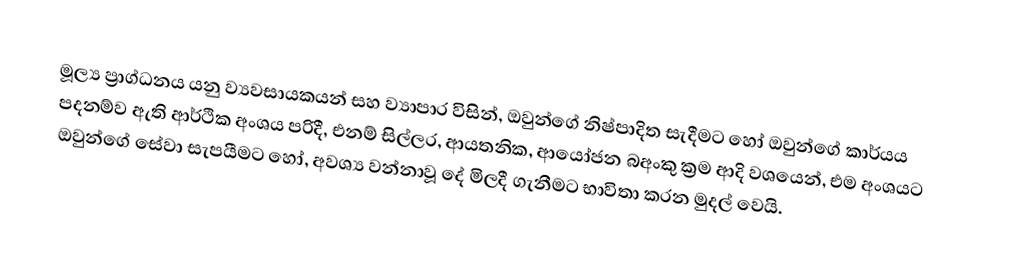
මූල්‍ය ප්‍රාග්ධනය යනු  ව්‍යවසායකයන් සහ ව්‍යාපාර විසින්, ඔවුන්ගේ නිෂ්පාදිත සැදීමට හෝ ඔවුන්ගේ කාර්යය පදනම්ව ඇති ආර්ථික අංශය පරිදී, එනම් සිල්ලර, ආයතනික, ආයෝජන  බඅංකු ක්‍රම ආදි වශයෙන්,  එම අංශයට ඔවුන්ගේ සේවා සැපයීමට හෝ, අවශ්‍ය වන්නාවූ  දේ  මිලදී ගැනීමට භාවිතා කරන මුදල් වෙයි.